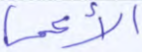
الأعمى